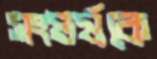
সংঘর্ষকে